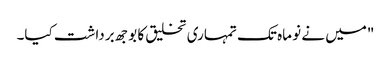
"میں نے نو ماہ تک تمہاری تخلیق کا بوجھ برداشت کیا۔